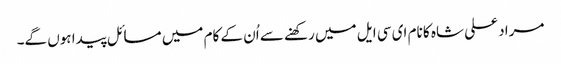
مراد علی شاہ کا نام ای سی ایل میں رکھنے سے اُن کے کام میں مسائل پیدا ہوں گے۔